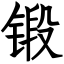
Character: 锻